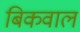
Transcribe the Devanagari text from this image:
बिकवाल